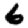
Digit: 6